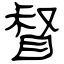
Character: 督